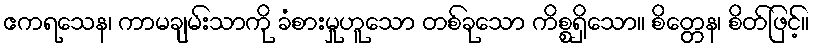
ဧကရသေန၊ ကာမချမ်းသာကို ခံစားမှုဟူသော တစ်ခုသော ကိစ္စရှိသော။ စိတ္တေန၊ စိတ်ဖြင့်။